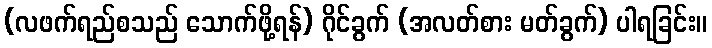
(လဖက်ရည်စသည် သောက်ဖို့ရန်) ဂိုင်ခွက် (အလတ်စား မတ်ခွက်) ပါရခြင်း။